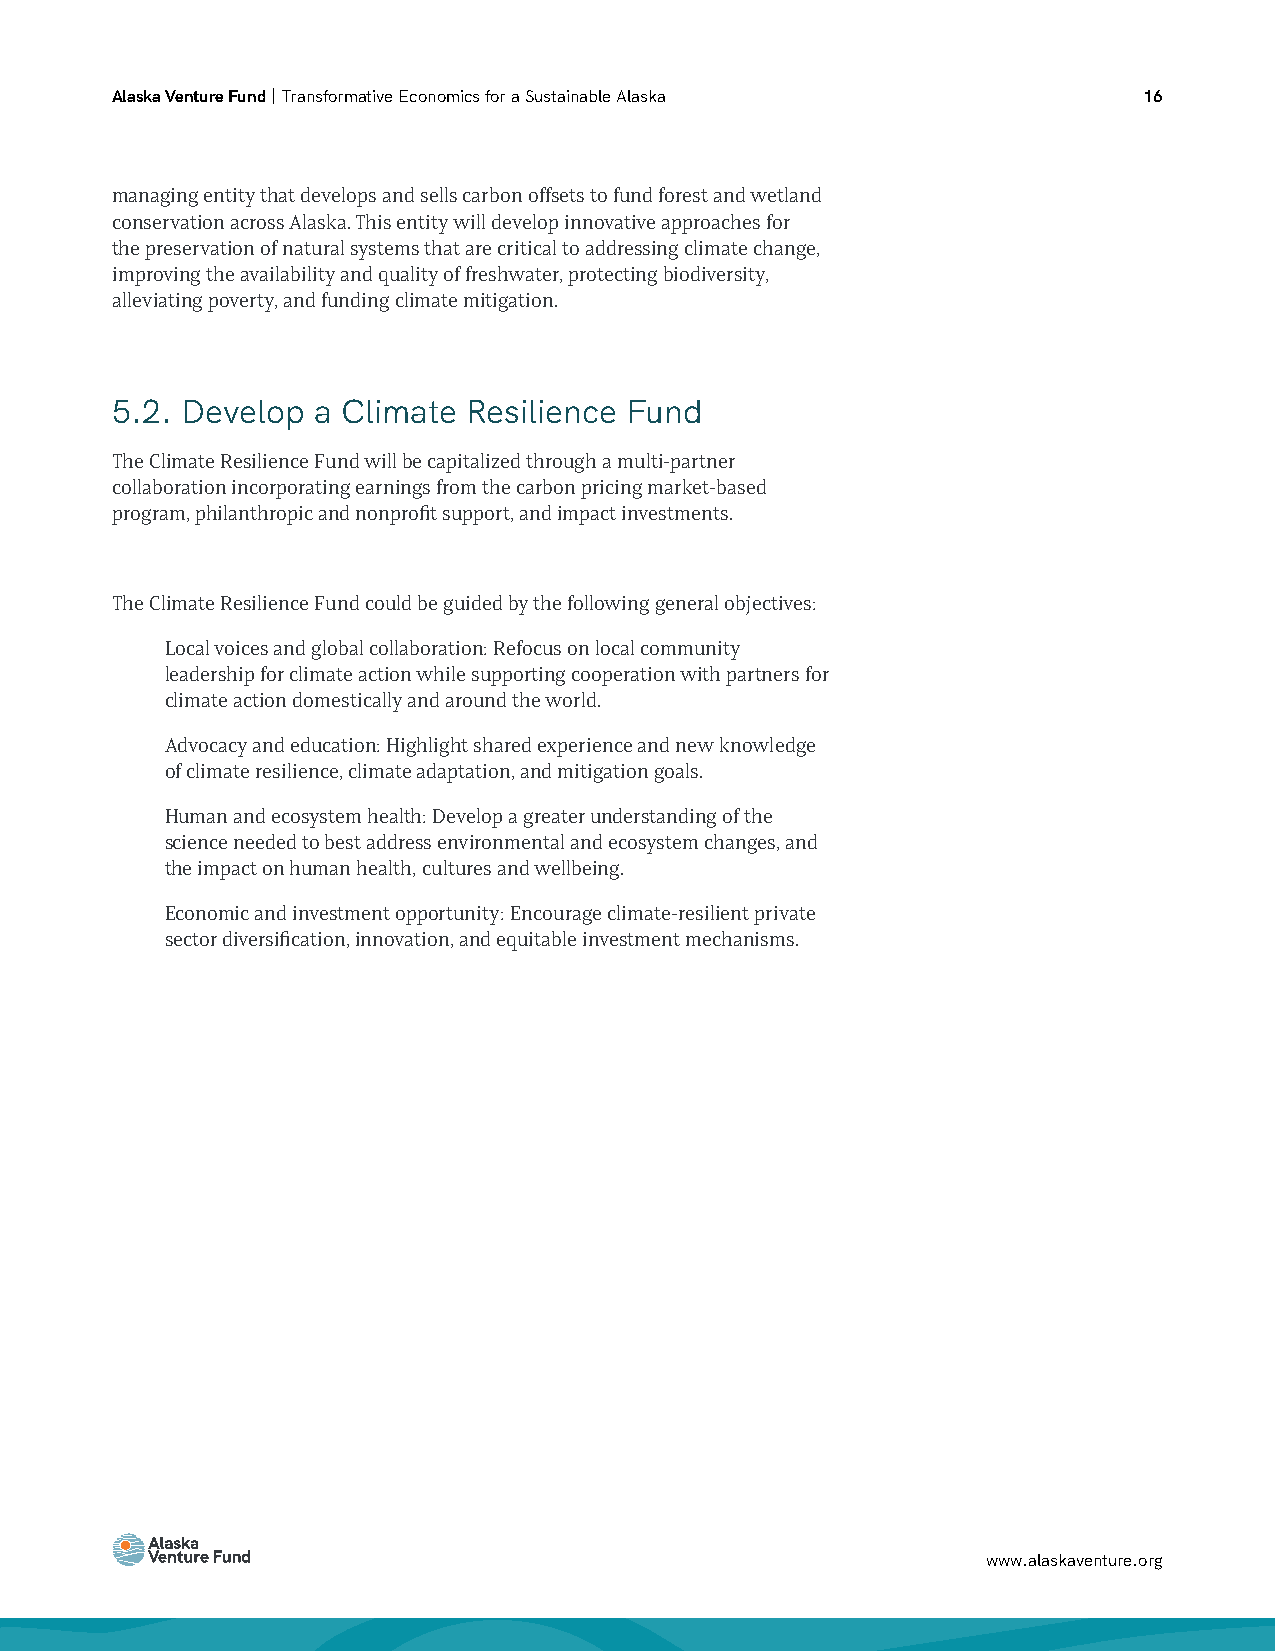
Alaska Venture Fund | Transformative Economics for a Sustainable Alaska 16
 managing entity that develops and sells carbon offsets to fund forest and wetland
 conservation across Alaska. This entity will develop innovative approaches for
 the preservation of natural systems that are critical to addressing climate change,
 improving the availability and quality of freshwater, protecting biodiversity,
 alleviating poverty, and funding climate mitigation.
 5.2. Develop  a Climate Resilience Fund
 The Climate Resilience Fund will be capitalized through a multi-partner
 collaboration incorporating earnings from the carbon pricing market-based
 program, philanthropic and nonprofit support, and impact investments.
 The Climate Resilience Fund could be guided by the following general objectives:
 Local voices and global collaboration: Refocus on local community
 leadership for climate action while supporting cooperation with partners for
 climate action domestically and around the world.
 Advocacy and education: Highlight shared experience and new knowledge
 of climate resilience, climate adaptation, and mitigation goals.
 Human and ecosystem health: Develop a greater understanding of the
 science needed to best address environmental and ecosystem changes, and
 the impact on human health, cultures and wellbeing.
 Economic and investment opportunity: Encourage climate-resilient private
 sector diversification, innovation, and equitable investment mechanisms.
 www.alaskaventure.org